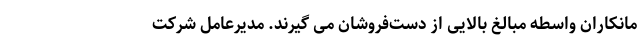
مانکاران واسطه مبالغ بالایی از دست‌فروشان می گیرند. مدیرعامل شرکت